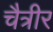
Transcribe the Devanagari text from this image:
चैत्रीर